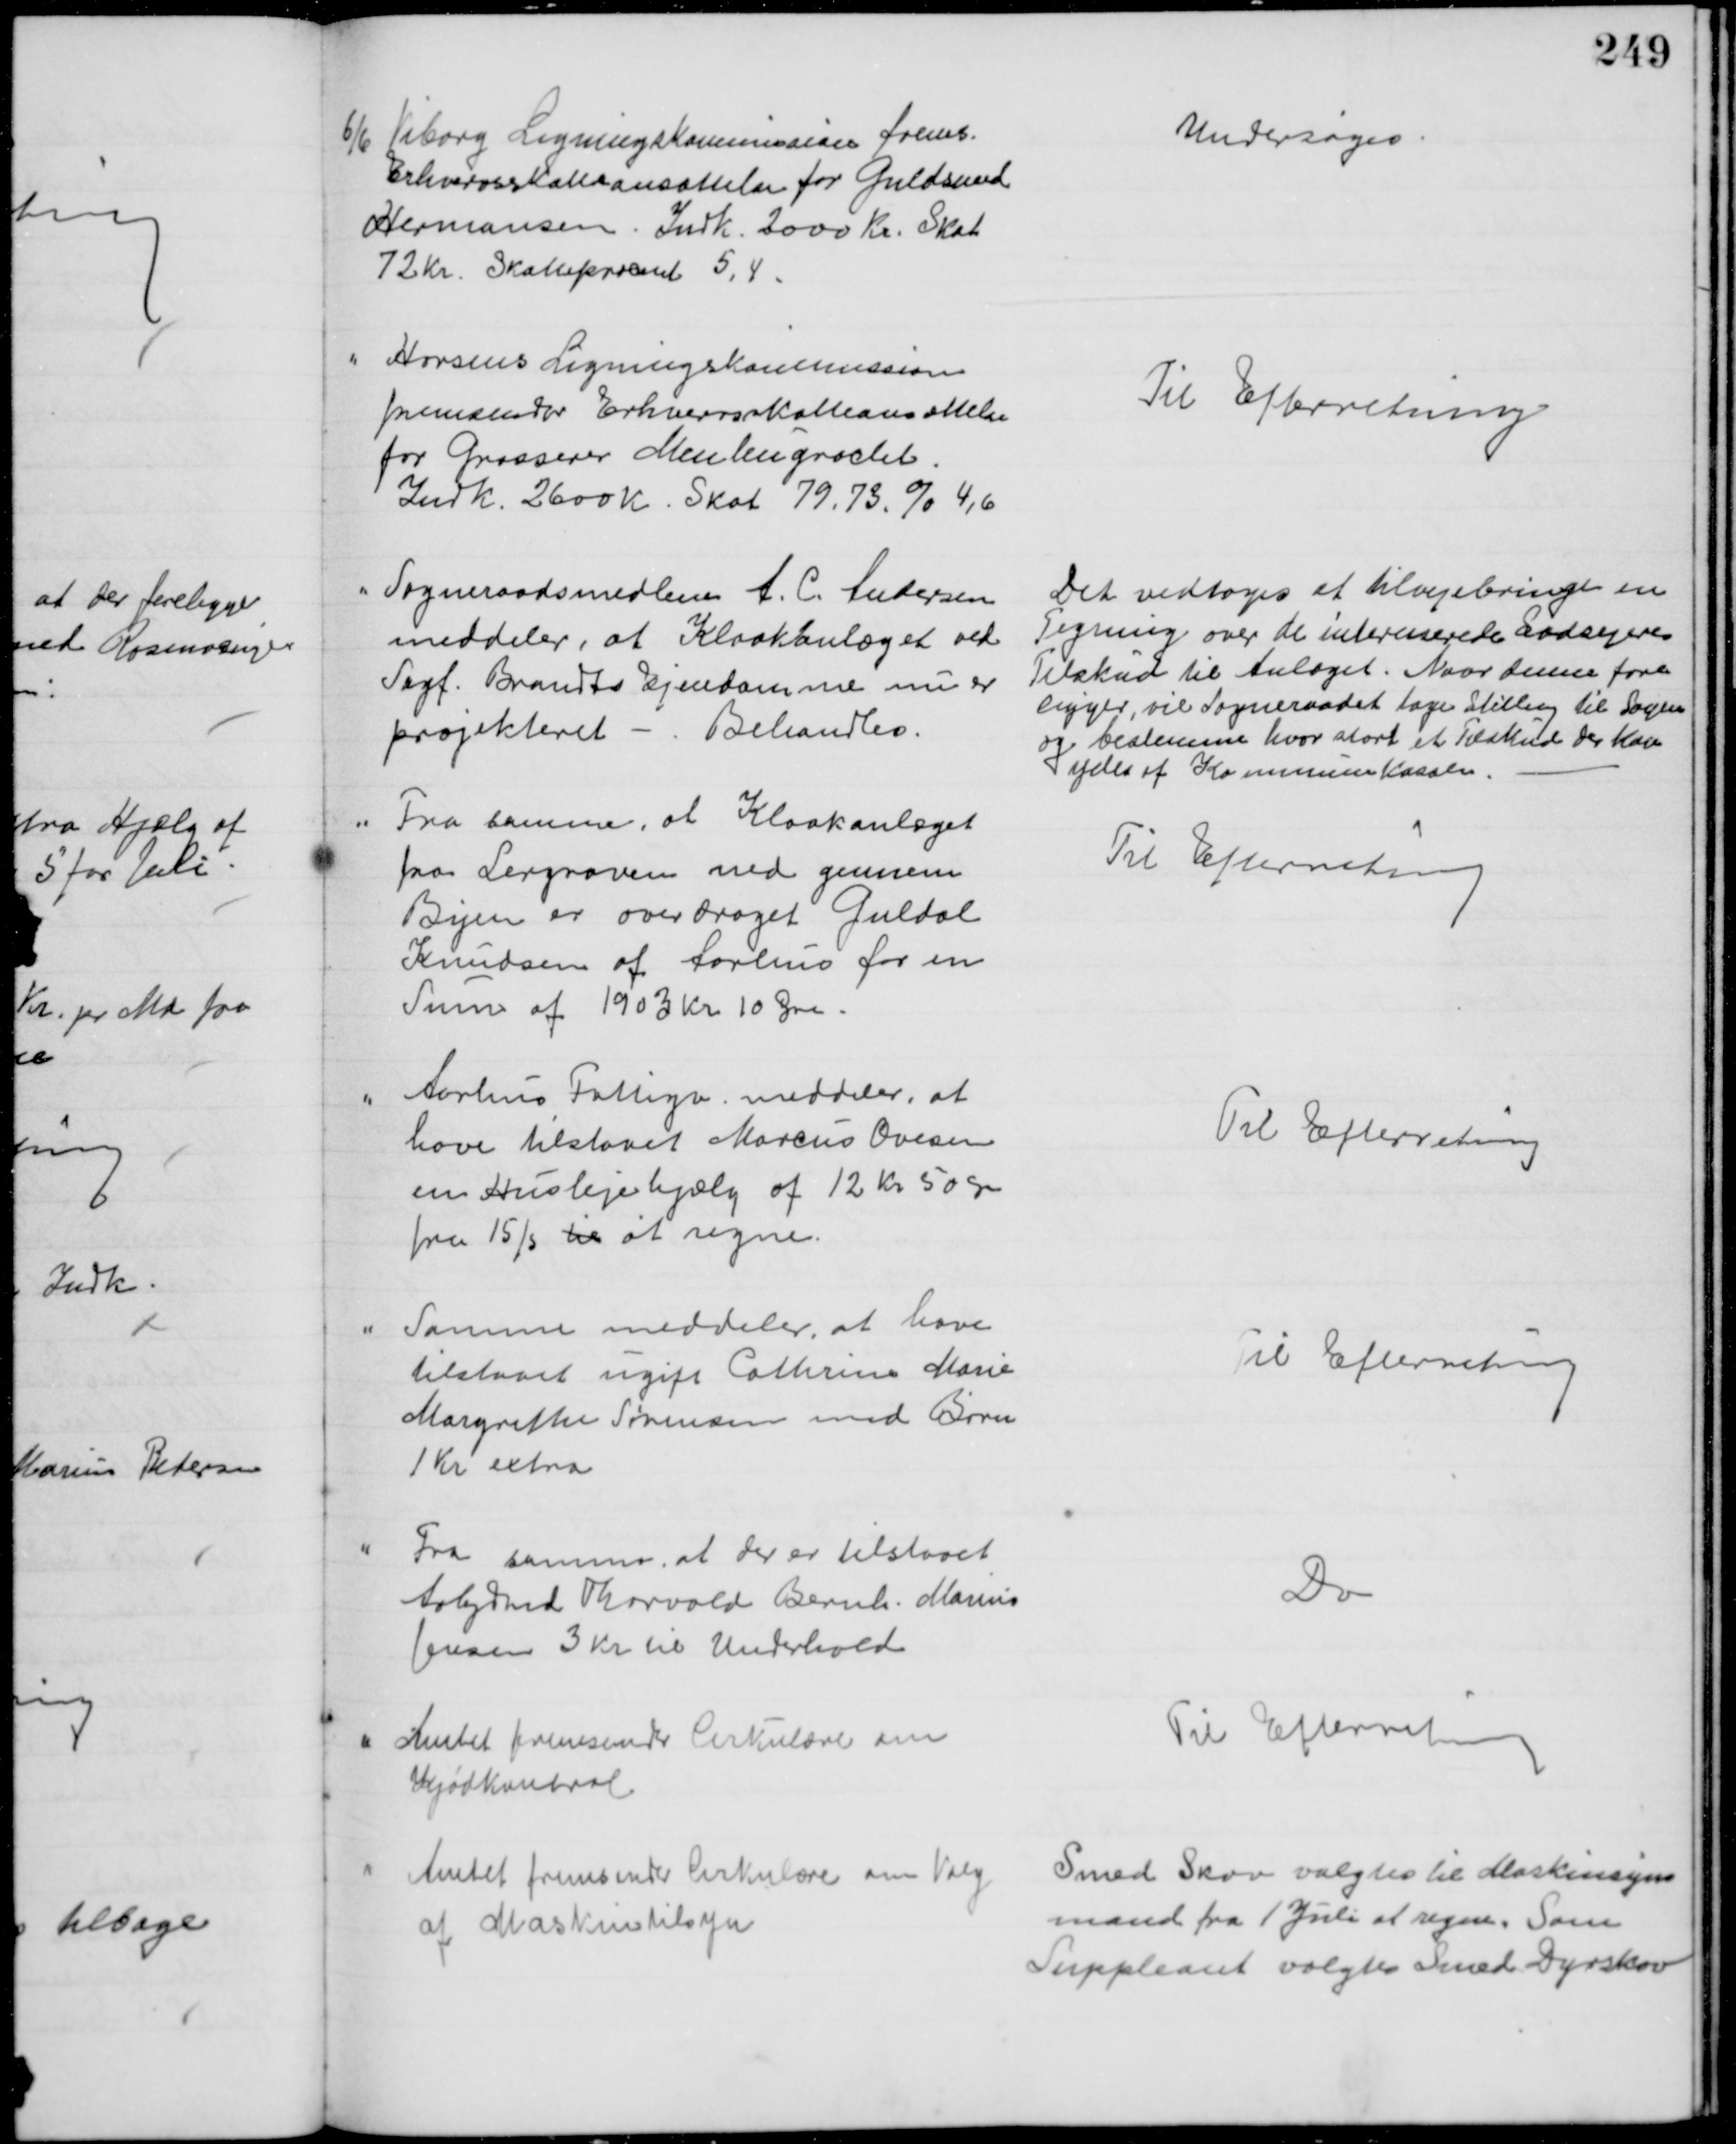
Transskription:
6/6 Viborg Ligningskommission frems.
Erhvervsskatteansættelse for Guldsmed
Hermansen. Indk. 2000 Kr. Skat
72 Kr. Skatteprocent 5,4.
Undersøges.
Horsens Ligningskommission
fremsender Erhvervsskatteansættelse
for Grosserer Meulengracht.
Indk. 2600 Kr. Skat 79,73 % 4,6
Til Efterretning
Sogneraadsmedlem A. C. Andersen
meddeler, at Kloakanlæget ved
Sagf. Brandts Ejendomme nu er
projekteret - Behandles.
Det vedtoges at tilvejebringe en 
Tegning over de interesserede Lodsejeres 
Tilskud til Anlæget. Naar denne fore
ligger, vil Sogneraadet tage stilling til Sagen
og bestemme hvor stort et Tilskud der kan 
ydes af Kommunekassen.
Fra samme, at Kloakanlæget
fra Lergraven ned gennem
Byen er overdraget Guldal
Knudsen af Aarhus for en
Sum af 1903 Kr 10 Øre.
Til Efterretning
Aarhus Fattigv. meddeler, at
have tilstaaet Marcus Ovesen
en Huslejehjælp af 12 Kr 50 Øre
fra 15/5 til at regne.
Til Efterretning
Samme meddeler, at have
tilstaaet ugift Cathrine Marie
Margrethe Sørensen med Børn
1 Kr extra
Til Efterretning
Fra samme, at der er tilstaaet
Arbejdmd Thorvald Bernh. Marius
Jensen 3 Kr til Underhold
Do
Amtet fremsender Cirkulære om
Kjødkontrol
Til Efterretning
Amtet fremsender Cirkulære om Valg
af Maskintilsyn
Smed Skov valgtes til Maskinsyns
mand fra 1 Juli at regne. Som
Suppleant valgtes Smed Dyrskov